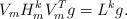
LaTeX: \begin{align*} V_mH_m^kV_m^T g = L^k g.\end{align*}